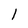
Character: I